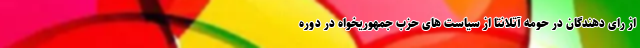
از رای دهندگان در حومه آتلانتا از سیاست های حزب جمهوریخواه در دوره